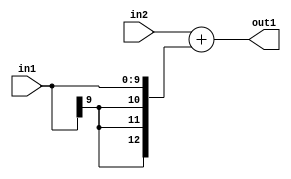
`timescale 1ps / 1ps
/*****************************************************************************
    Verilog RTL Description
    
    
    Created by: Stratus DpOpt 2019.1.01 
*******************************************************************************/

module DC_Filter_Add_13Sx10S_13S_4 (
	in2,
	in1,
	out1
	); /* architecture "behavioural" */ 
input [12:0] in2;
input [9:0] in1;
output [12:0] out1;
wire [12:0] asc001;

assign asc001 = 
	+(in2)
	+({{3{in1[9]}}, in1});

assign out1 = asc001;
endmodule

/* CADENCE  ubL1Sgg= : u9/ySgnWtBlWxVPRXgAZ4Og= ** DO NOT EDIT THIS LINE ******/